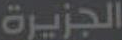
الجزيرة